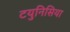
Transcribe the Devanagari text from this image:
टयुनिसिया